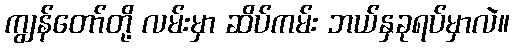
ကျွန်တော်တို့ လမ်းမှာ ဆိပ်ကမ်း ဘယ်နှခုရပ်မှာလဲ။